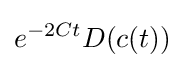
\displaystyle {e^{-2Ct}D(c(t))}